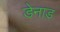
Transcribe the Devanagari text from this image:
डेनाड